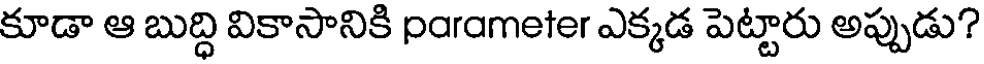
కూడా ఆ బుద్ధి వికాసానికి parameter ఎక్కడ పెట్టారు అప్పుడు?